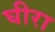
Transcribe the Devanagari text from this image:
घीरा